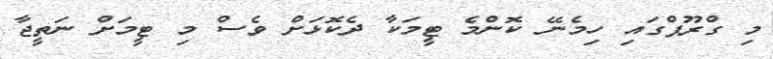
މި ގްރޫޕްގައި ހިމެނޭ ކޮންމެ ޓީމަކާ ދެކޮޅަށް ވެސް މި ޓީމަށް ނަތީޖާ